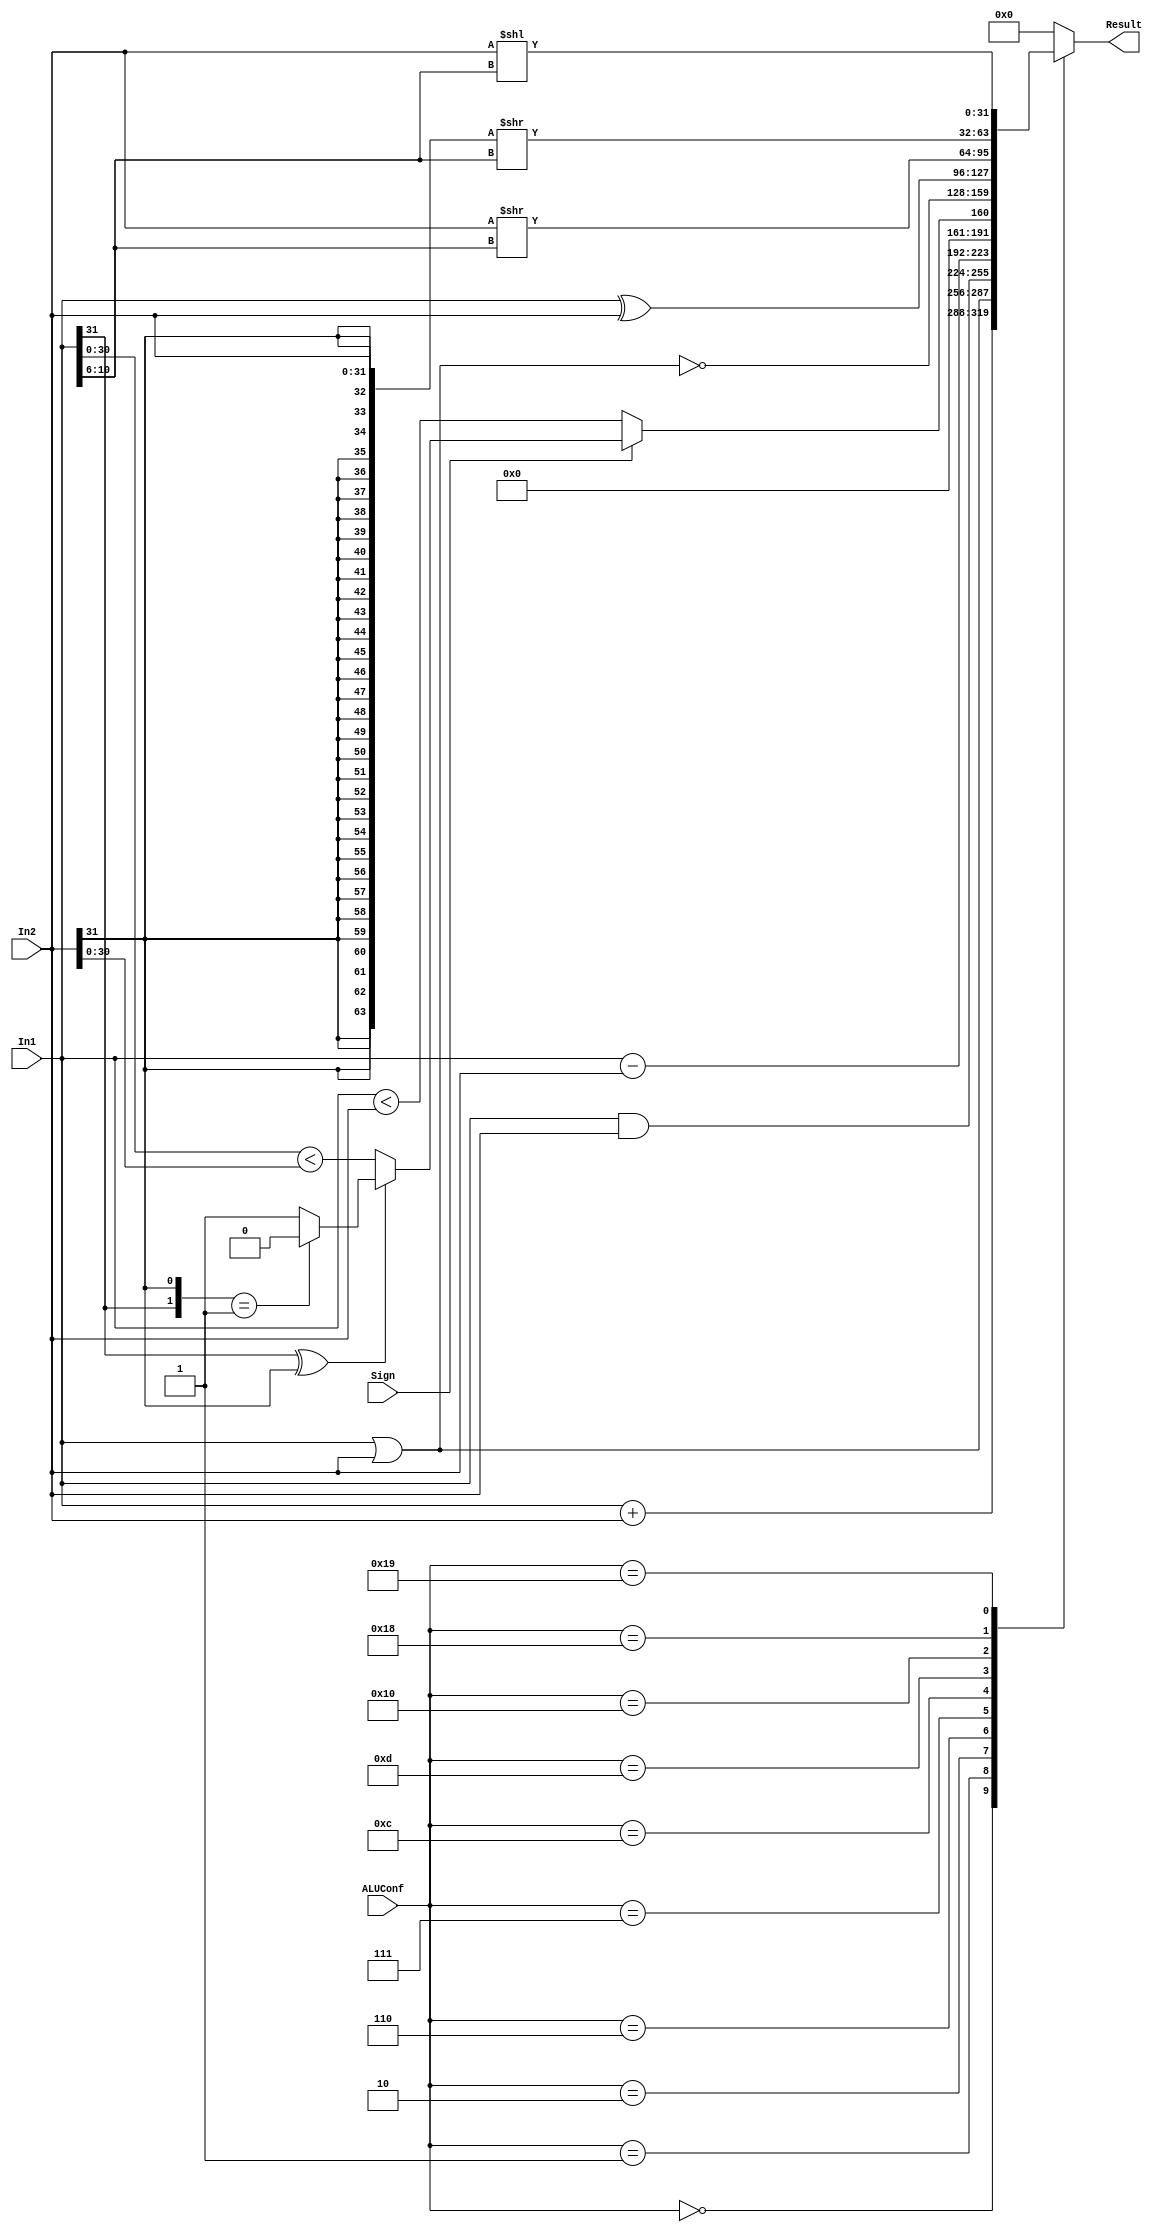
`timescale 1ns / 1ps

module ALU(ALUConf, Sign, In1, In2, Result);
    // Control Signals
    input [4:0] ALUConf;
    input Sign;
    // Input Data Signals
    input [31:0] In1;
    input [31:0] In2;
    // Output 
    output reg [31:0] Result;

    //ALU logic
    wire [1:0]ss;
	assign ss = {In1[31], In2[31]};
	
	wire lt_31;
	assign lt_31 = (In1[30:0] < In2[30:0]);
	
	wire lt_signed;
	assign lt_signed = (In1[31] ^ In2[31])? 
		((ss == 2'b01)? 0: 1): lt_31;

    always @(*) begin
		case (ALUConf)
			5'b00000: Result <= In1 + In2;
			5'b00001: Result <= In1 | In2;
			5'b00010: Result <= In1 & In2;
			5'b00110: Result <= In1 - In2;
			5'b00111: Result <= {31'h00000000, Sign? lt_signed: (In1 < In2)};
			5'b01100: Result <= ~(In1 | In2);
			5'b01101: Result <= In1 ^ In2;
			5'b10000: Result <= (In2 >> In1[10:6]);
			5'b11000: Result <= ({{32{In2[31]}}, In2} >> In1[10:6]);
            5'b11001: Result <= (In2 << In1[10:6]);
			default: Result <= 32'h00000000;
		endcase
    end

endmodule